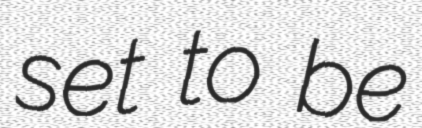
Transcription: set to be